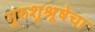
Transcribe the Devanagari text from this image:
गुरुशुश्रूषेचा